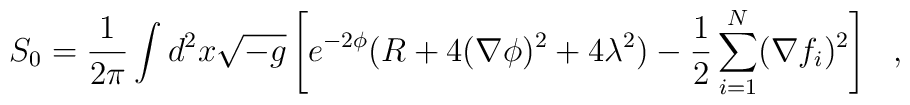
S_0={1\over 2\pi}\int d^2x\sqrt{-g}\left [e^{-2\phi}(R + 4(\nabla\phi)^2+4\lambda^2) -{1\over 2}\sum_{i=1}^N(\nabla f_i)^2\right ]\ \ ,